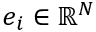
\boldsymbol { e } _ { i } \in \mathbb { R } ^ { N }